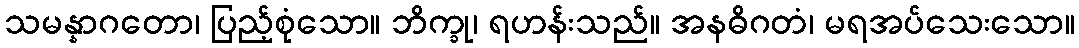
သမန္နာဂတော၊ ပြည့်စုံသော။ ဘိက္ခု၊ ရဟန်းသည်။ အနဓိဂတံ၊ မရအပ်သေးသော။